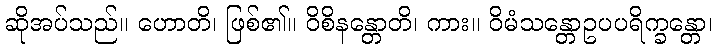
ဆိုအပ်သည်။ ဟောတိ၊ ဖြစ်၏။ ဝိစိနန္တောတိ၊ ကား။ ဝိမံသန္တောဥပပရိက္ခန္တော၊